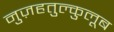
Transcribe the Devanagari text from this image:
नुज़हतुल्कुलूब